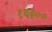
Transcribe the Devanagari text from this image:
१६३००